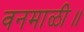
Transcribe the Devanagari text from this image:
वनमाळी॥